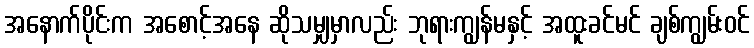
အနောက်ပိုင်းက အစောင့်အနေ ဆိုသမျှမှာလည်း ဘုရားကျွန်မနှင့် အထူးခင်မင် ချစ်ကျွမ်းဝင်